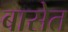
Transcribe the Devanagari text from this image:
बासेत